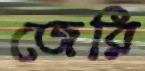
জেরি